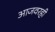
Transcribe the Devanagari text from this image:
आजवरही